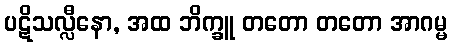
ပဋိသလ္လီနော, အထ ဘိက္ခူ တတော တတော အာဂမ္မ